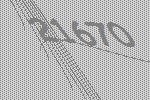
21670